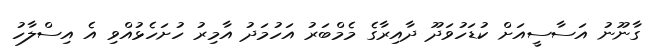
ގާނޫނު އަސާސީއަށް ކުޑަހުވަދޫ ދާއިރާގެ މެމްބަރު އަހުމަދު އާމިރު ހުށަހެޅުއްވި އެ އިސްލާހު